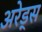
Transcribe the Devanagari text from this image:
अरेड्स